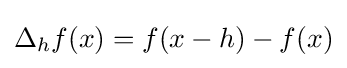
\Delta _{h}f(x)=f(x-h)-f(x)